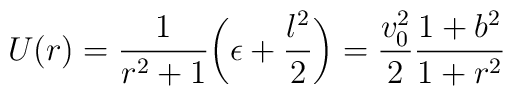
U(r) = {1\over r^2+1} \biggl(\epsilon + {l^2\over 2}\biggr) = {v_0^2\over 2} {1+b^2\over 1+r^2}